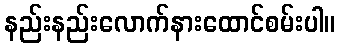
နည်းနည်းလောက်နားထောင်စမ်းပါ။